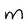
Character: m